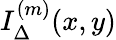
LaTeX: I_{\Delta}^{(m)}(x,y)